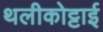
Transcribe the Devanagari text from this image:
थलीकोट्टाई